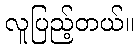
လူပြည့်တယ်။